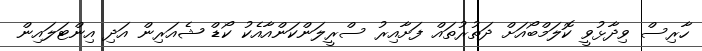
ހާރިސް ވިދާޅުވީ ކޮލަމްބޯއަށް ދަތުރުތައް ފަށާއިރު ސްރީލަންކަންއާއެކު ކޯޑް ޝެއަރިން އަދި އިންޓަލައިން